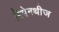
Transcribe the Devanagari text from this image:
निपेनथीज